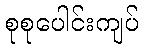
စုစုပေါင်းကျပ်